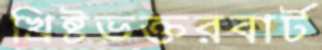
খ্রিষ্টভক্তরবার্ট